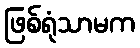
ဖြစ်ရုံသာမက